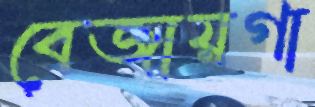
বেজায়গা